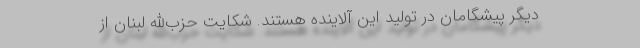
دیگر پیشگامان در تولید این آلاینده هستند. شکایت حزب‌الله لبنان از